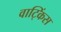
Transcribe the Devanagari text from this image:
वाट्किंस